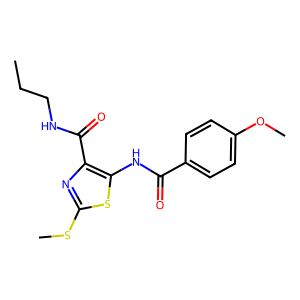
SMILES: CCCNC(=O)c1nc(SC)sc1NC(=O)c1ccc(OC)cc1
Inhibits HIV replication: No